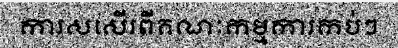
ការសសើរពីគណៈកម្មការកប់ៗ